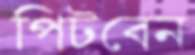
পিটবেন